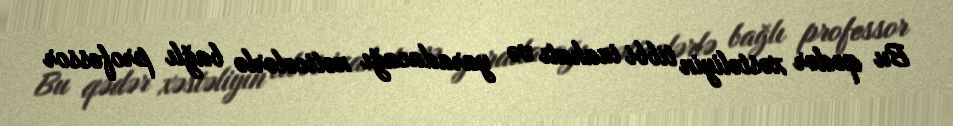
Bu qədər xəstəliyin tibbi izahatı və yaradacağı nəticələrlə bağlı professor